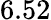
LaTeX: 6.52